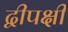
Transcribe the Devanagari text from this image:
द्वीपक्षी